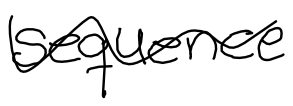
Text: sequence
Cross-out: wave
Writing tool: digital_black